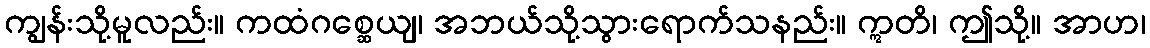
ကျွန်းသို့မူလည်း။ ကထံဂစ္ဆေယျ၊ အဘယ်သို့သွားရောက်သနည်း။ ဣတိ၊ ဤသို့။ အာဟ၊